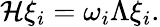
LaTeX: {\cal\mathcal{H}}\xi_{i}=\omega_{i}\Lambda\xi_{i}.